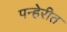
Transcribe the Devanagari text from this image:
पन्हेरीत